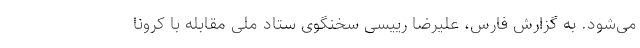
می‌شود. به گزارش فارس، علیرضا رییسی سخنگوی ستاد ملی مقابله با کرونا